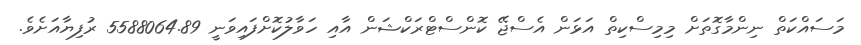
މަސައްކަތް ނިންމާގޮތަށް މިމިސްކިތް އަޅަން އެސްޖޭ ކޮންސްޓްރަކްޝަން އާއި ހަވާލުކޮށްފައިވަނީ 5588064.89 ރުފިޔާއަށެވެ.